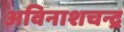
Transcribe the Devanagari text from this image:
अविनाशचन्द्र